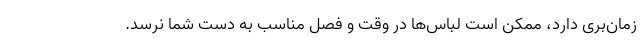
زمان‌بری دارد، ممکن است لباس‌ها در وقت و فصل مناسب به دست شما نرسد.